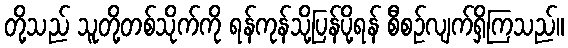
တို့သည် သူတို့တစ်သိုက်ကို ရန်ကုန်သို့ပြန်ပို့ရန် စီစဉ်လျက်ရှိကြသည်။